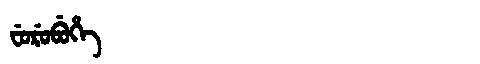
Manchu: ᠸᡠᡵᡠᠪᡠᡥᡝ
Romanization: FURUBUHE